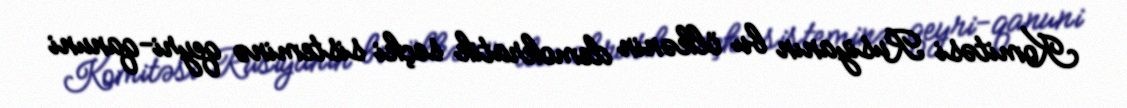
Komitəsi Rusiyanın bu ölkənin demokratik seçki sisteminə qeyri-qanuni